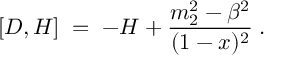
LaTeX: [ D , { \cal H } ] \; = \; - { \cal H } + \frac { m _ { 2 } ^ { 2 } - \beta ^ { 2 } } { ( 1 - x ) ^ { 2 } } \; .